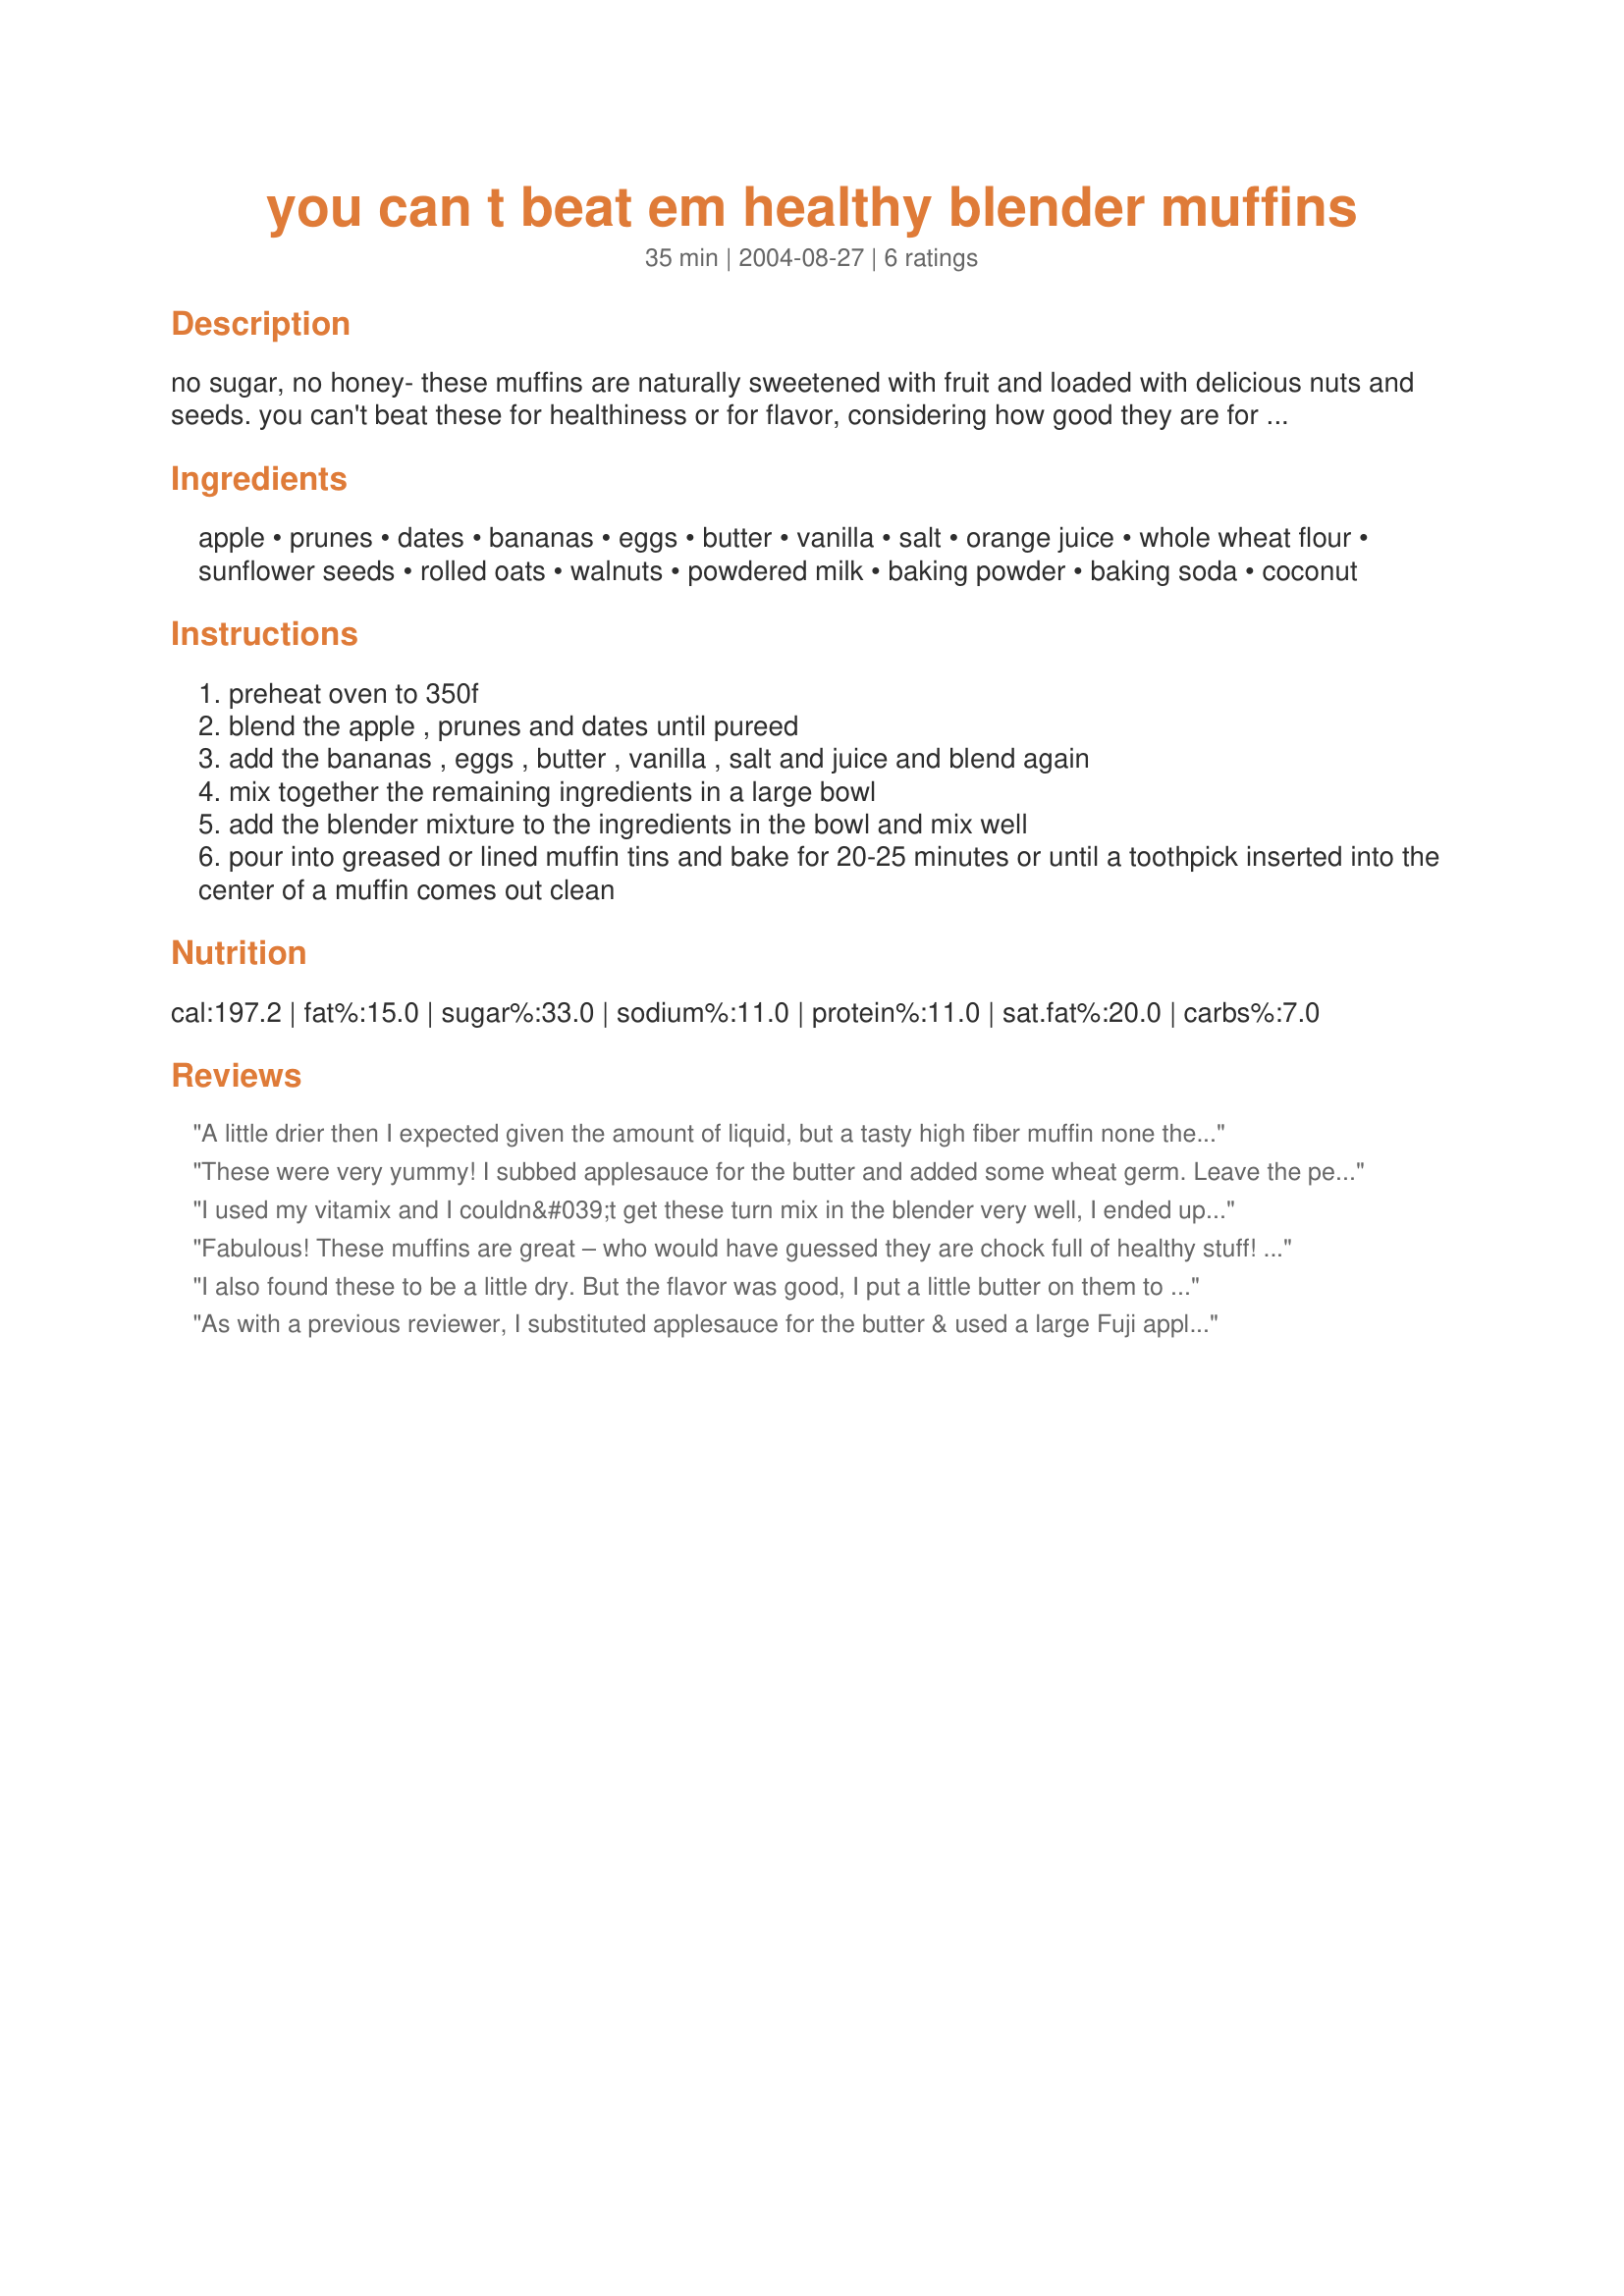
you can t beat em healthy blender muffins
Preparation time: 35 minutes

no sugar, no honey- these muffins are naturally sweetened with fruit and loaded with delicious nuts and seeds. you can't beat these for healthiness or for flavor, considering how good they are for you! whip out your blender and you'll have these muffins ready in a flash- can't beat that, either! recipe is from the la leache league international cookbook

Ingredients:
apple, prunes, dates, bananas, eggs, butter, vanilla, salt, orange juice, whole wheat flour, sunflower seeds, rolled oats, walnuts, powdered milk, baking powder, baking soda, coconut

Steps:
preheat oven to 350f
blend the apple , prunes and dates until pureed
add the bananas , eggs , butter , vanilla , salt and juice and blend again
mix together the remaining ingredients in a large bowl
add the blender mixture to the ingredients in the bowl and mix well
pour into greased or lined muffin tins and bake for 20-25 minutes or until a toothpick inserted into the center of a muffin comes out clean

Reviews:
A little drier then I expected given the amount of liquid, but a tasty high fiber muffin none the less. Thanks Roosie!
These were very yummy! I subbed applesauce for the butter and added some wheat germ. Leave the peel on the apple, it ups the fiber content. Next time I make them I will add either some splenda, honey or more dates to up the sweetness.
I used my vitamix and I couldn&#039;t get these turn mix in the blender very well, I ended up emptying it out and mixing by hand after I added the flour. The resulting muffins were ok, but not great.
Fabulous! These muffins are great – who would have guessed they are chock full of healthy stuff! The batter came together beautifully, though I did have to use my food processor instead of my blender to get the apples, prunes and dates started. Once they were chopped fine I put them in the blender with the rest of the wet ingredients and everything went smoothly. I expected these to be dense because they didn’t rise a whole lot, but they came out surprisingly light and incredibly tasty with just the right amount of sweetness. The only change I made was to substitute roasted pumpkin seeds for the sunflower seeds because that is what I had on hand. I got 12 generous sized muffins out of this recipe.
I also found these to be a little dry. But the flavor was good, I put a little butter on them to take away the dryness a bit. Maybe low fat cream cheese would be better but I had none. I did sub apple sauce for butter and I did use white flour (not a big fan of whole wheat) When I pureed the apple (with skin left on), and dates I added the juice the same time made for easier to pureed. I did not use prune I had none. I also added walnuts , I love walnuts. Will make again.
As with a previous reviewer, I substituted applesauce for the butter & used a large Fuji apple. Then, because I saw a need to round some things off a bit (& up!), I used 12 prunes & 12 Medjool dates & came out in the end with some WONDERFULLY TASTING MUFFINS! Thanks for sharing the recipe! [Made & reviewed in Healthy Choices ABC tag]
